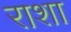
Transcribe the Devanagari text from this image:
राशा